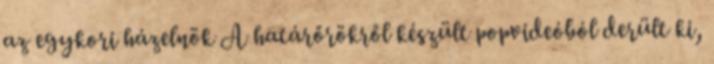
az egykori házelnök A határőrökről készült popvideóból derült ki,